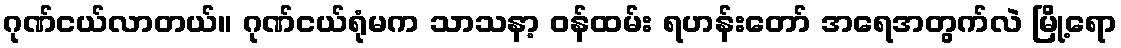
ဂုဏ်ငယ်လာတယ်။ ဂုဏ်ငယ်ရုံမက သာသနာ့ ဝန်ထမ်း ရဟန်းတော် အရေအတွက်လဲ မြို့ရော